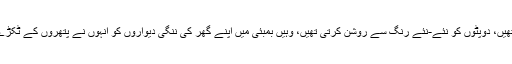
دراصل وہ جہاں بچپن سے ہی کپڑوں کے الگ الگ ٹکڑوں کو جوڑتی رہتی تھیں، دوپٹوں کو نئے-نئے رنگ سے روشن کرتی تھیں، وہیں بمبئی میں اپنے گھر کی ننگی دیواروں کو انہوں نے پتھروں کے ٹکڑے سے اس طرح سجایا تھاکہ لوگ اس کی سجاوٹ دیکھ‌کر حیران ہوتے تھے۔